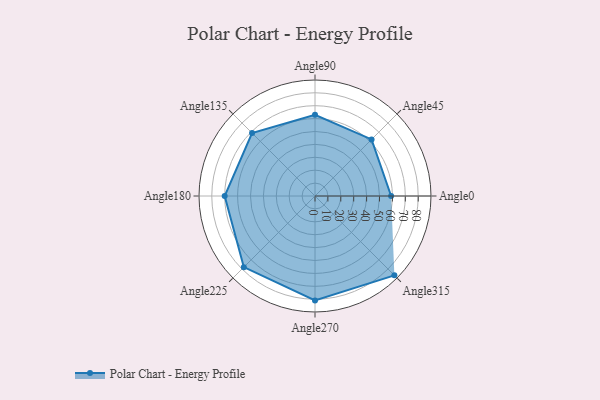
{"axis": {"x": "Angle", "y": "Radius"}, "legend": [""], "data": [{"x": "Angle0", "y": 59.0, "type": ""}, {"x": "Angle45", "y": 62.0, "type": ""}, {"x": "Angle90", "y": 63.0, "type": ""}, {"x": "Angle135", "y": 69.0, "type": ""}, {"x": "Angle180", "y": 70.0, "type": ""}, {"x": "Angle225", "y": 78.0, "type": ""}, {"x": "Angle270", "y": 81.0, "type": ""}, {"x": "Angle315", "y": 87.0, "type": ""}]}